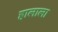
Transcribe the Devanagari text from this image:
हालाला